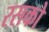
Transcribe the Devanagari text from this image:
रसको